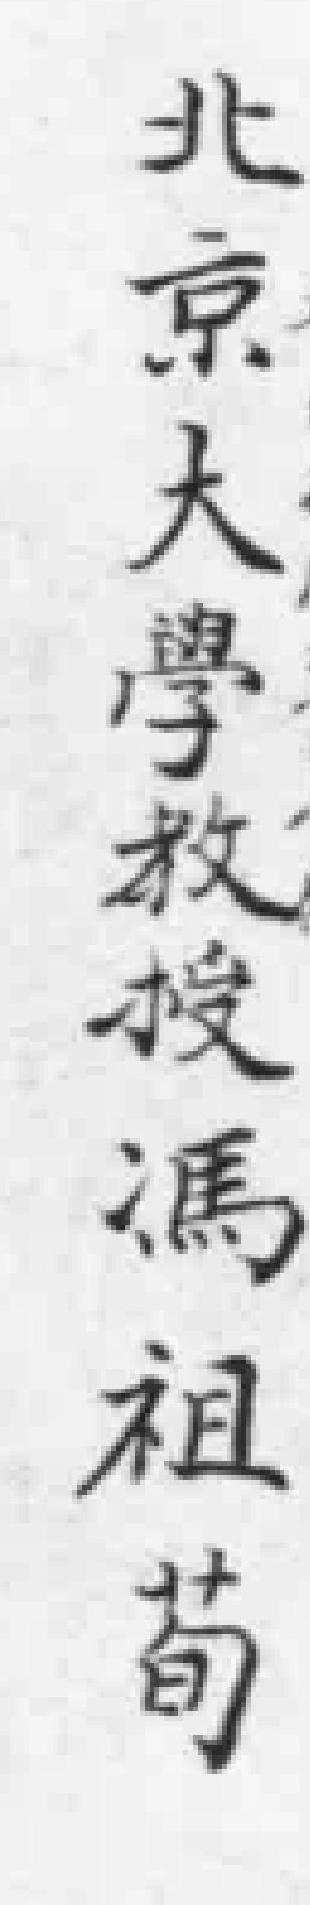
北京大學救授馮祖荀